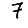
Digit: 7